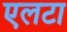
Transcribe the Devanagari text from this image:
एलटा